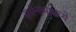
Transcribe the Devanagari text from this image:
सर्वनामांमध्ये